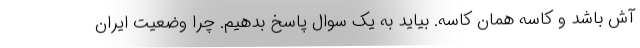
آش باشد و کاسه همان کاسه. بیاید به یک سوال پاسخ بدهیم. چرا وضعیت ایران